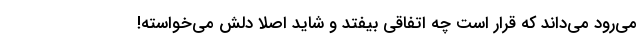
می‌رود می‌داند که قرار است چه اتفاقی بیفتد و شاید اصلا دلش می‌خواسته!